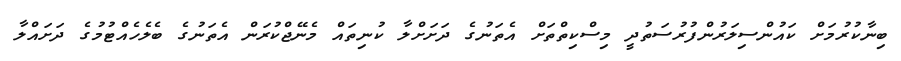
ބިނާކުރުމަށް ކައުންސިލަރުންފުރުސަތުދީ މިސްކިތްތަށް އެތަނުގެ ދަށަށްލާ ކުނިތައް މެނޭޖްކުރަން އެތަނުގެ ބެލެހެއްޓުމުގެ ދަށައްލާ